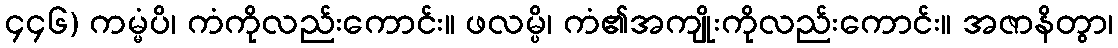
၄၄၆) ကမ္မံပိ၊ ကံကိုလည်းကောင်း။ ဖလမ္ပိ၊ ကံ၏အကျိုးကိုလည်းကောင်း။ အဇာနိတွာ၊